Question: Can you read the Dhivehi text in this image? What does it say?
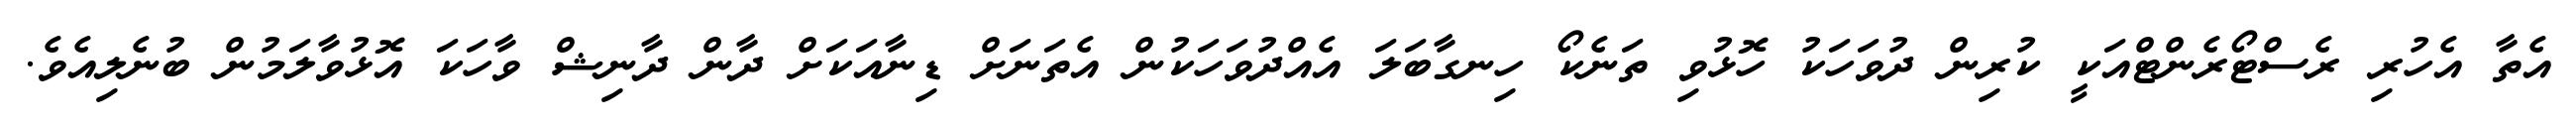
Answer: އެތާ އެހުރި ރެސްޓޯރެންޓްއަކީ ކުރިން ދުވަހަކު ހޮޅުވި ތަނެކޯ ހިނގާބަލަ އެއްދުވަހަކުން އެތަނަށް ޑިނާއަކަށް ދާން ދާނިޝް ވާހަކަ އޮޅުވާލަމުން ބުނެލިއެވެ.